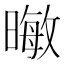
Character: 𪱃